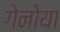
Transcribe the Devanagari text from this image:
गेनोया